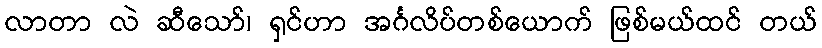
လာတာ လဲ ဆီသော်၊ ရှင်ဟာ အင်္ဂလိပ်တစ်ယောက် ဖြစ်မယ်ထင် တယ်